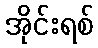
အိုင်းရစ်